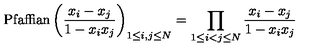
\mathrm { P f a f f i a n } \left( { \frac { x _ { i } - x _ { j } } { 1 - x _ { i } x _ { j } } } \right) _ { 1 \le i , j \le N } = \prod _ { 1 \le i < j \le N } { \frac { x _ { i } - x _ { j } } { 1 - x _ { i } x _ { j } } }